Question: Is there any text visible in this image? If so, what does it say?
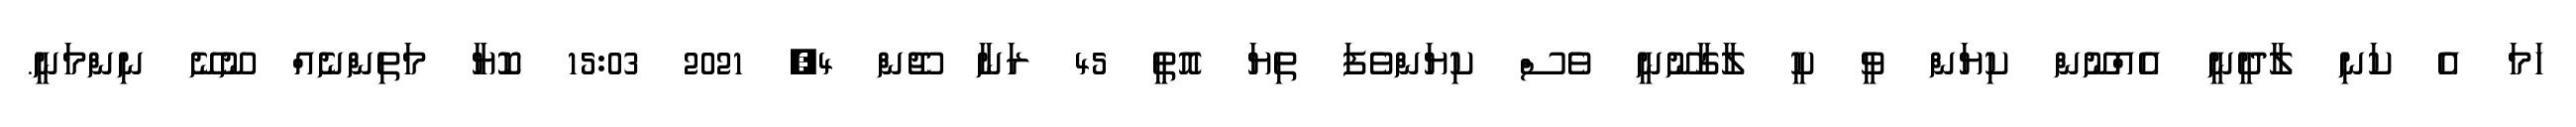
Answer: ހަމަ އެ ކަނި ލާދީނީ އެއްނޫން ކިޔަން ވީ ކީ ލާގާނޫނީ ވެސް ކިޔަންވެފަ ތިޔަ އޮތީ 45 ރަނާ ޖޫން 4, 2021 15:03 ކޮޔާ މަތިންނެއް ނޫނޭ ނިންމަނީ.